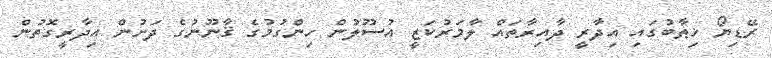
ރޭޑިޔޯ ޚިޠާބުގައި އިދާރީ ދާއިރާތައް ލާމަރުކަޒީ އުސޫލުން ހިންގުމުގެ ޤާނޫނުގެ ދަށުން އިދާރީގޮތުން